Civil Veterinary Dept. North-West Frontier Province 1923-32 - 1923-1932
Year: 1923
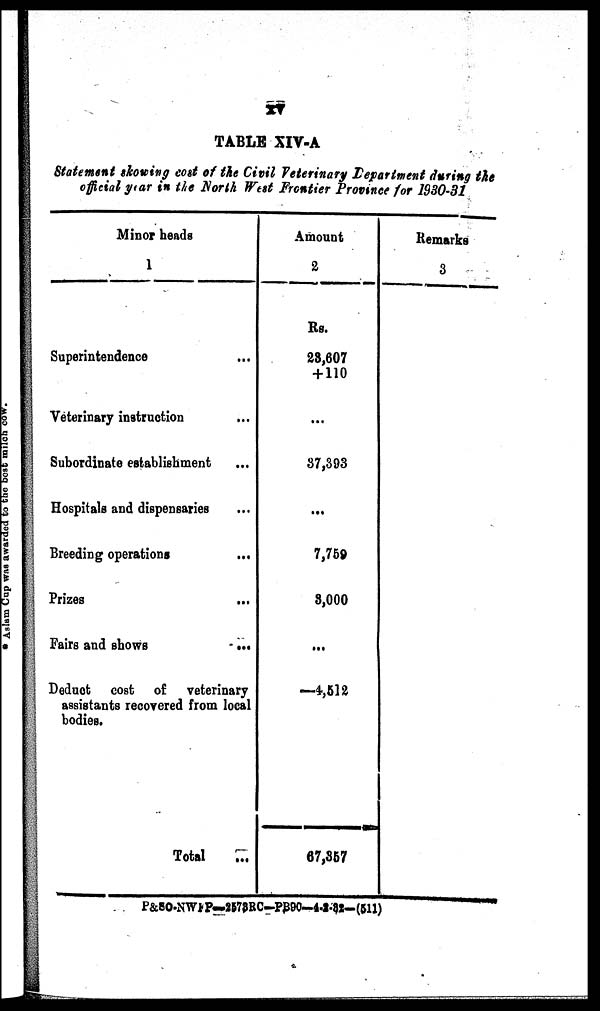
xv
TABLE XIV-A
Statement showing cost of the Civil Veterinary Department during the
official year in the North West Frontier Province for 1930-31
Minor heads
1
Superintendence
Veterinary instruction ...
Subordinate establishment ...
Hospitals and dispensaries ...
Breeding operations
...
Prizes
Fairs and shows
...
Deduct cost of veterinary
assistants recovered from local
bodies.
Total
...
Amount
2
Rs.
23,607
+ 110
...
37,393
...
7,759
3,000
...
—4,512
67,357
Remarks
3
P&SO-NWFP—2473RC-PB90—4-2-32-(511)